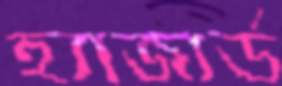
হ্যাজার্ড